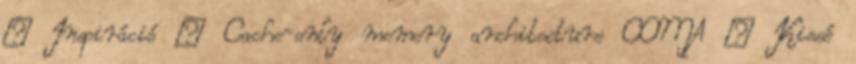
● Inspiráció – Cache-only memory architecture COMA ● Kissé